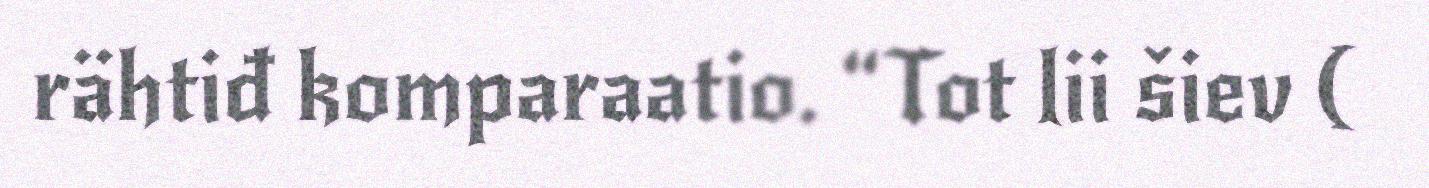
rähtiđ komparaatio. “Tot lii šiev (